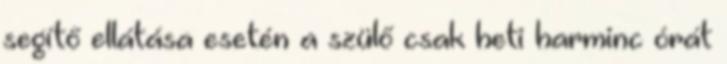
segítő ellátása esetén a szülő csak heti harminc órát